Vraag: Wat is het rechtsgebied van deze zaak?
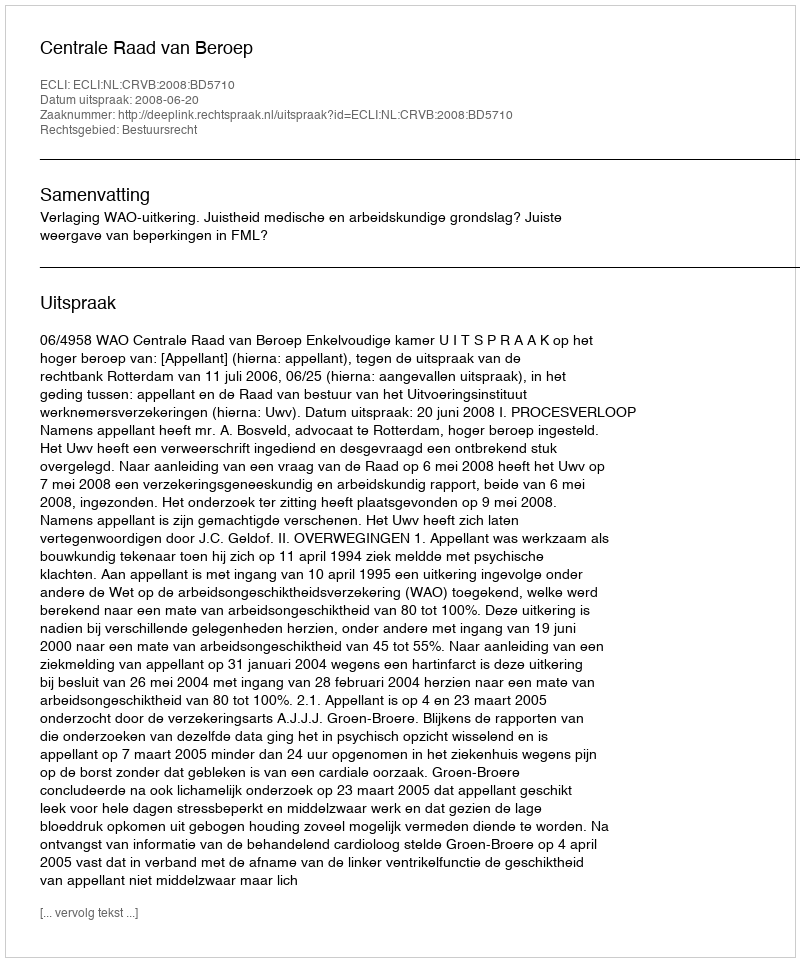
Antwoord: Bestuursrecht